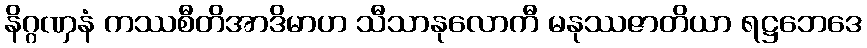
နိဂ္ဂဏှနံ ကဿစီတိအာဒိမာဟ သီသာနုလောကီ မနုဿဇာတိယာ ရဋ္ဌဘေဒေ